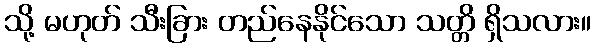
သို့ မဟုတ် သီးခြား တည်နေနိုင်သော သတ္တိ ရှိသလား။